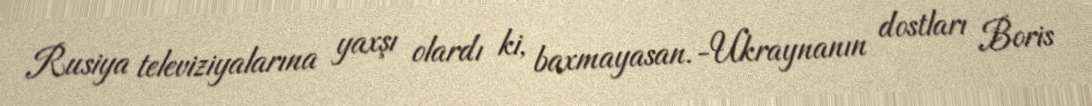
Rusiya televiziyalarına yaxşı olardı ki, baxmayasan.-Ukraynanın dostları Boris